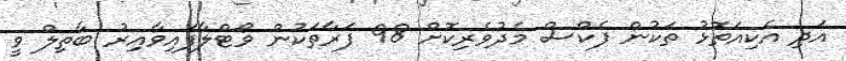
އަދި އެކިއަތޮޅު ތަކުން ފެކްސް މެދުވެރިކޮށް 98 ފަރާތަކުން ވޯޓްލާފައިވާއިރު ބާތިލް ވީ